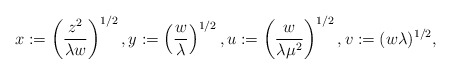
\begin{gather*}x:= \left(\frac{z^2}{\lambda w}\right)^{1/2}, y:=\left(\frac{w}{\lambda}\right)^{1/2}, u:=\left(\frac{w}{\lambda \mu^2}\right)^{1/2}, v:=(w \lambda)^{1/2},\end{gather*}